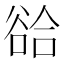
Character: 𧮵